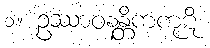
၁။ ဥဿာဝနန္တိကကုဋိ